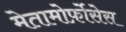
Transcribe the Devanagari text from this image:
मेतामोर्फ़ोसेस